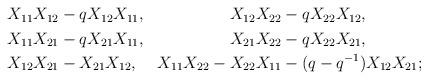
LaTeX: \begin{align*}\begin{aligned}X_{11}X_{12} &- qX_{12}X_{11},& X_{12}X_{22} &- qX_{22}X_{12}, \\X_{11}X_{21} &- qX_{21}X_{11},& X_{21}X_{22} &- qX_{22}X_{21}, \\X_{12}X_{21}&-X_{21}X_{12},& X_{11}X_{22}-X_{22}X_{11}&-(q-q^{-1})X_{12}X_{21};\end{aligned}\end{align*}